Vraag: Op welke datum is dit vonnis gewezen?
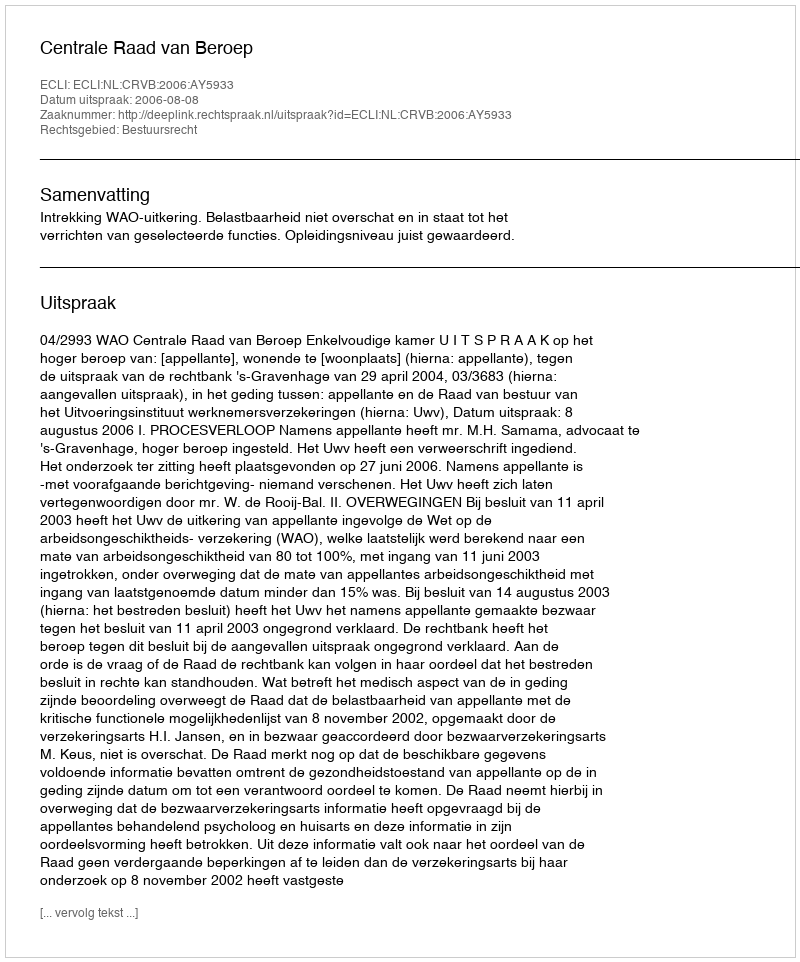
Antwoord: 2006-08-08